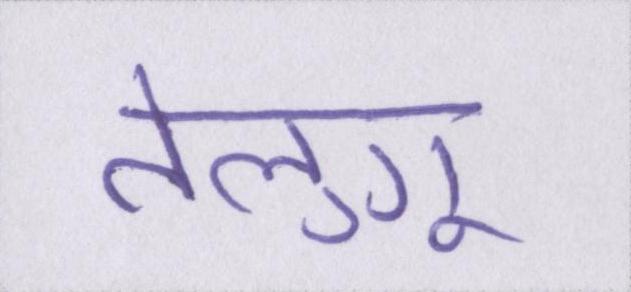
तेलुगू